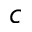
c